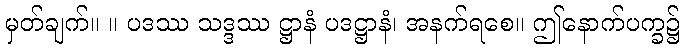
မှတ်ချက်။ ။ ပဒဿ သဒ္ဒဿ ဋ္ဌာနံ ပဒဋ္ဌာနံ၊ အနက်ရစေ။ ဤနောက်ပက္ခ၌